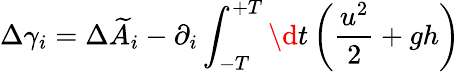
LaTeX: {\Delta\gamma_{i}=\Delta\widetilde{A}_{i}-\partial_{i}\int_{-T}^{+T}\d{}t\left(\frac{u^{2}}{2}+gh\right)}